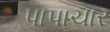
પાપાચાર